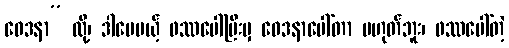
ဝေဒနာ” လို့၊ ဒါပေမယ့် ဖဿပေါ်ပြီးမှ ဝေဒနာပေါ်တာ မဟုတ်ဘူး၊ ဖဿပေါ်တဲ့